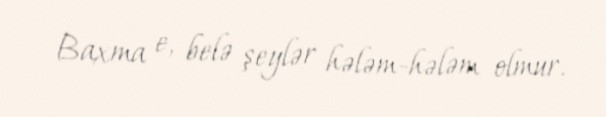
Baxma e, belə şeylər hələm-hələm olmur.